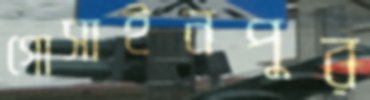
গোসাইনপুর